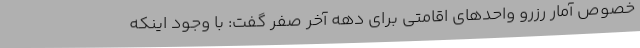
خصوص آمار رزرو واحدهای اقامتی برای دهه آخر صفر گفت: با وجود اینکه